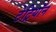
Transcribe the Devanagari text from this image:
टेट्रियॉन